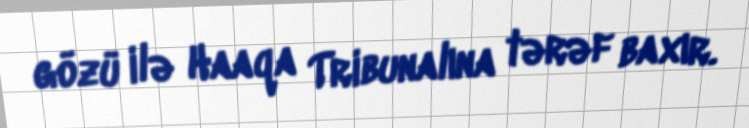
gözü ilə Haaqa Tribunalına tərəf baxır.